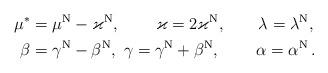
LaTeX: \begin{align*}\mu^*&=\mu^{\rm N}-\varkappa^{\rm N},\qquad\, \varkappa=2\varkappa^{\rm N},\qquad\lambda=\lambda^{\rm N}, \\\beta &=\gamma^{\rm N}-\beta^{\rm N}, \ \gamma =\gamma^{\rm N}+\beta^{\rm N}, \,\qquad\alpha =\alpha ^{\rm N}\,.\end{align*}